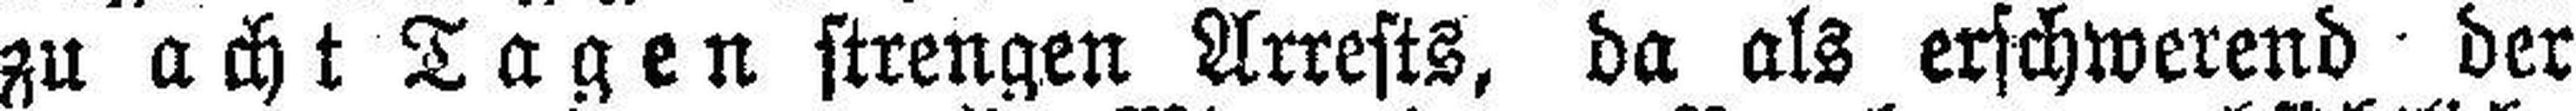
zu acht Tagen strengen Arrests, da als erschwerend der